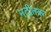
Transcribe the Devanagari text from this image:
नदीतक